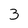
Character: 3